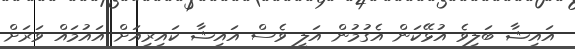
އައިޝާ ބަލިވެ އުޅޭކަން އެގުމުން އަލީ ވެސް އައިޝާ ކައިރިއަށް އައުމައް ވަރަށް